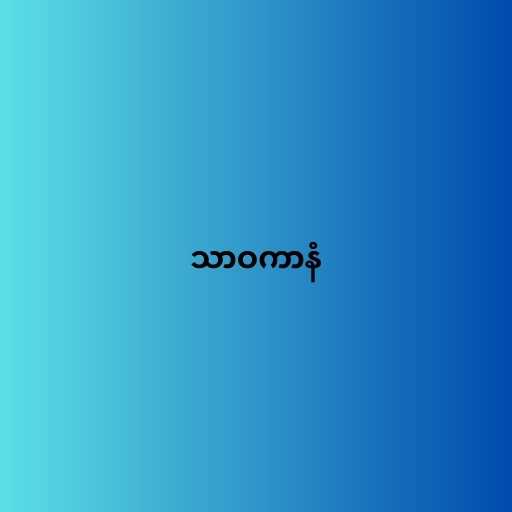
သာဝကာနံ